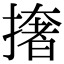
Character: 撦